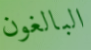
البالغون